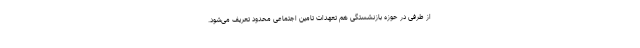
از طرفی در حوزه بازنشستگی هم تعهدات تامین اجتماعی محدود تعریف می‌شود.